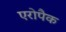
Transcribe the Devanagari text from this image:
एरोपैक